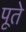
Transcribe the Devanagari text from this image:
पूते